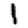
Digit: 1